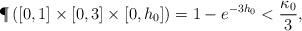
LaTeX: \begin{align*}\P\left( [0,1]\times[0,3]\times[0,h_0]\right) = 1-e^{-3h_0} < \frac{\kappa_0}{3},\end{align*}